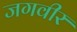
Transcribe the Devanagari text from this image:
जगवीर